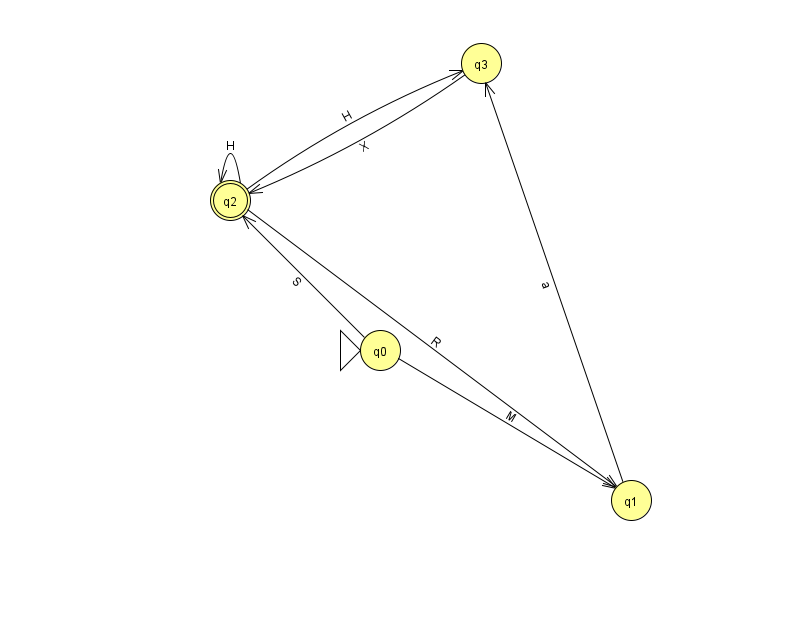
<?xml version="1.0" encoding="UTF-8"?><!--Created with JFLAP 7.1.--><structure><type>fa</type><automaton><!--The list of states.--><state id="0" name="q0"><x>380.0</x><y>337.0</y><initial/></state><state id="1" name="q1"><x>631.0</x><y>487.0</y></state><state id="2" name="q2"><x>230.0</x><y>187.0</y><final/></state><state id="3" name="q3"><x>481.0</x><y>50.0</y></state><!--The list of transitions.--><transition><from>0</from><to>1</to><read>M</read></transition><transition><from>2</from><to>1</to><read>R</read></transition><transition><from>2</from><to>3</to><read>H</read></transition><transition><from>3</from><to>2</to><read>X</read></transition><transition><from>2</from><to>2</to><read>H</read></transition><transition><from>0</from><to>2</to><read>S</read></transition><transition><from>1</from><to>3</to><read>a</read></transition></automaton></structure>